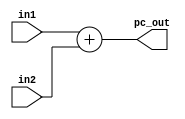
`timescale 1ps/1ps
module PC_ALU(in1, in2, pc_out);

	input wire [31:0] in1;
	input wire [31:0] in2;
	output reg [31:0] pc_out;


	always@(in1 or in2) begin 
		#100 //delay 100ps for PC adder
		pc_out <= in1 + in2;         //ADD

	end

endmodule